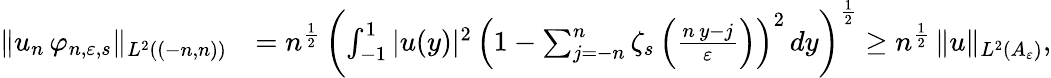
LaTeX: \begin{array}{rl}{\| u_{n}\, \varphi_{n,\varepsilon,s}\| _{L^{2}((-n,n))}}&{=n^{\frac{1}{2}}\, \left(\int_{-1}^{1}|u(y)|^{2}\, \left(1-\sum_{j=-n}^{n}\zeta_{s}\left(\frac{n\, y-j}{\varepsilon}\right)\right)^{2}\, dy\right)^{\frac{1}{2}}\ge n^{\frac{1}{2}}\, \| u\| _{L^{2}(A_{\varepsilon})},}\end{array}